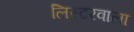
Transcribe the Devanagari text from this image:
लिस्टरवाला